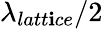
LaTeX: \lambda_{latt\mathbf{i}ce}/2